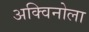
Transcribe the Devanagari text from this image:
अक्विनोला